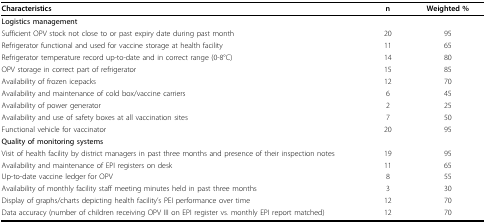
<table><thead><tr><td><b>Characteristics</b></td><td><b>n</b></td><td><b>Weighted %</b></td></tr></thead><tbody><tr><td><b>Logistics management</b></td><td></td><td></td></tr><tr><td>Sufficient OPV stock not close to or past expiry date during past month</td><td>20</td><td>95</td></tr><tr><td>Refrigerator functional and used for vaccine storage at health facility</td><td>11</td><td>65</td></tr><tr><td>Refrigerator temperature record up-to-date and in correct range (0-8°C)</td><td>14</td><td>80</td></tr><tr><td>OPV storage in correct part of refrigerator</td><td>15</td><td>85</td></tr><tr><td>Availability of frozen icepacks</td><td>12</td><td>70</td></tr><tr><td>Availability and maintenance of cold box/vaccine carriers</td><td>6</td><td>45</td></tr><tr><td>Availability of power generator</td><td>2</td><td>25</td></tr><tr><td>Availability and use of safety boxes at all vaccination sites</td><td>7</td><td>50</td></tr><tr><td>Functional vehicle for vaccinator</td><td>20</td><td>95</td></tr><tr><td><b>Quality of monitoring systems</b></td><td></td><td></td></tr><tr><td>Visit of health facility by district managers in past three months and presence of their inspection notes</td><td>19</td><td>95</td></tr><tr><td>Availability and maintenance of EPI registers on desk</td><td>11</td><td>65</td></tr><tr><td>Up-to-date vaccine ledger for OPV</td><td>8</td><td>55</td></tr><tr><td>Availability of monthly facility staff meeting minutes held in past three months</td><td>3</td><td>30</td></tr><tr><td>Display of graphs/charts depicting health facility&#x27;s PEI performance over time</td><td>12</td><td>70</td></tr><tr><td>Data accuracy (number of children receiving OPV III on EPI register vs. monthly EPI report matched)</td><td>12</td><td>70</td></tr></tbody></table>